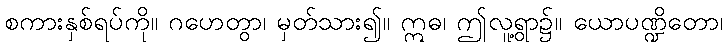
စကားနှစ်ရပ်ကို။ ဂဟေတွာ၊ မှတ်သား၍။ ဣဓ၊ ဤလူ့ရွာ၌။ ယောပဏ္ဍိတော၊